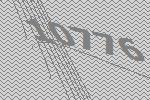
10776